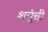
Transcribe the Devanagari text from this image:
शत्रूंची